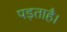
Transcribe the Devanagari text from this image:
पड़ताहै।